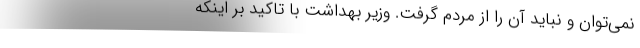
نمی‌توان و نباید آن را از مردم گرفت. وزیر بهداشت با تاکید بر اینکه